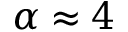
\alpha \approx 4